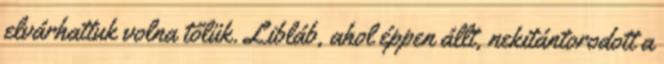
elvárhattuk volna tőlük. Libláb, ahol éppen állt, nekitántorodott a